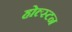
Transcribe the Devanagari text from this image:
होल्स्टन